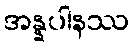
အန္နပါနဿ